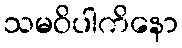
သမဝိပါကိနော